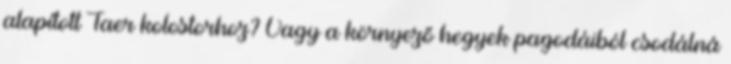
alapított Taer kolostorhoz? Vagy a környező hegyek pagodáiból csodálná